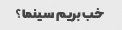
خب بریم سینما؟